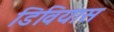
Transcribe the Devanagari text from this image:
डिवियास